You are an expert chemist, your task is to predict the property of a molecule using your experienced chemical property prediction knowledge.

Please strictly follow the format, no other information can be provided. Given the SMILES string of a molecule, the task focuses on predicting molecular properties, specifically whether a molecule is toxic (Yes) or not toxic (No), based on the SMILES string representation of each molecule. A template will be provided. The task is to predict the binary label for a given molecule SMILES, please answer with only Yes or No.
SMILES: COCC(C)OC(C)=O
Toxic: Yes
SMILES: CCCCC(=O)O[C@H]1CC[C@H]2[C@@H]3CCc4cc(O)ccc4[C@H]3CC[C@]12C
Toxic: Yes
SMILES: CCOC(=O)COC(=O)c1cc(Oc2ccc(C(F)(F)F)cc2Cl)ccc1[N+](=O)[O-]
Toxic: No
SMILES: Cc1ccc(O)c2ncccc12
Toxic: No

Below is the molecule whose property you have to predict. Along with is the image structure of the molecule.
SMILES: CNCCc1ccccn1
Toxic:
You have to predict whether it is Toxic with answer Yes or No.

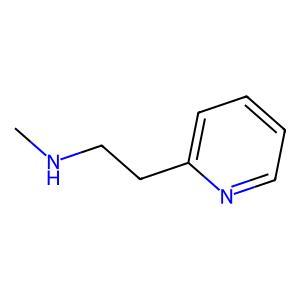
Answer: No